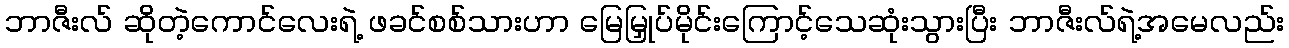
ဘာဇီးလ် ဆိုတဲ့ကောင်လေးရဲ့ ဖခင်စစ်သားဟာ မြေမြှုပ်မိုင်းကြောင့်သေဆုံးသွားပြီး ဘာဇီးလ်ရဲ့အမေလည်း